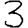
Digit: 3